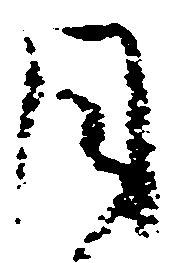
月